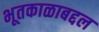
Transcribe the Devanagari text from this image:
भूतकाळाबद्दल